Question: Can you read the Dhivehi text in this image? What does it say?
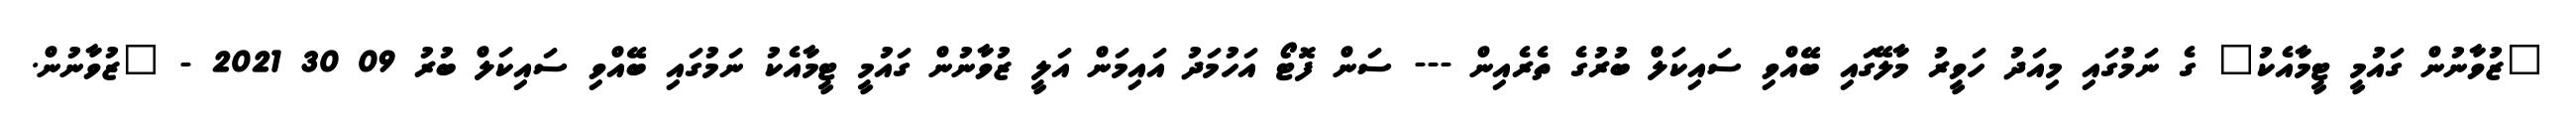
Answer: "ޒުވާނުން ގައުމީ ޓީމާއެކު" ގެ ނަމުގައި މިއަދު ހަވީރު މާލޭގައި ބޭއްވި ސައިކަލް ބުރުގެ ތެރެއިން --- ސަން ފޮޓޯ އަހުމަދު އައިމަން އަލީ ޒުވާނުން ގައުމީ ޓީމާއެކު ނަމުގައި ބޭއްވި ސައިކަލް ބުރު 09 30 2021 - "ޒުވާނުން.